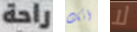
راحة أنك لا